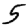
Digit: 5